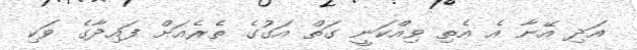
އަދި އޭނާ އެ އެތި ވިއްކަނީ ގަތް އަގުގެ ތެރެއަށް ފައިދާގެ ވަކި